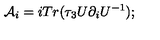
{ \mathcal { A } } _ { i } = i T r ( \tau _ { 3 } U \partial _ { i } U ^ { - 1 } ) ; \